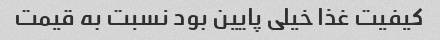
کیفیت غذا خیلی پایین بود نسبت به قیمت